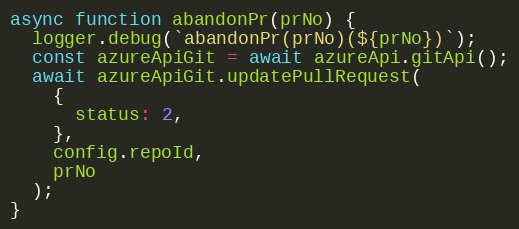
Language: JavaScript
async function abandonPr(prNo) {
  logger.debug(`abandonPr(prNo)(${prNo})`);
  const azureApiGit = await azureApi.gitApi();
  await azureApiGit.updatePullRequest(
    {
      status: 2,
    },
    config.repoId,
    prNo
  );
}